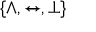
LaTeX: \{ \land , \leftrightarrow , \bot \}